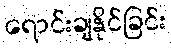
ရောင်းချနိုင်ခြင်း